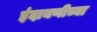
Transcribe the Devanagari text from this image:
इंदायणीच्या